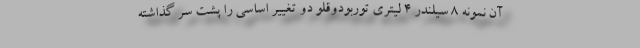
آن نمونه 8 سیلندر 4 لیتری توربودوقلو دو تغییر اساسی را پشت سر گذاشته